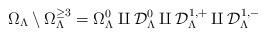
LaTeX: \begin{align*}\Omega_{\Lambda}\setminus\Omega_{\Lambda}^{\geq3}=\Omega_{\Lambda}^{0}\amalg{\mathcal D}_{\Lambda}^{0}\amalg{\mathcal D}_{\Lambda}^{1,+}\amalg{\mathcal D}_{\Lambda}^{1,-}\end{align*}